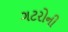
ગટરોની